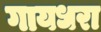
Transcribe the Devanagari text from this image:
गायधरा